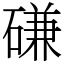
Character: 磏